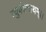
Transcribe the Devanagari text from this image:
रघुवंशनाथम्।।